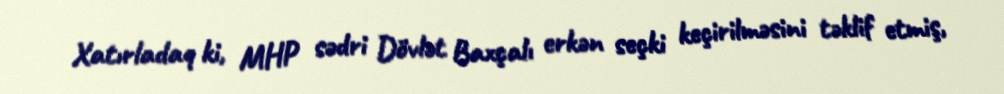
Xatırladaq ki, MHP sədri Dövlət Baxçalı erkən seçki keçirilməsini təklif etmiş,